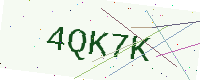
Text: 4QK7K